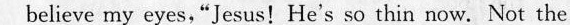
beliewe my eyes,"Jesus!He's so thin row. Not the